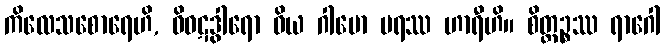
ကိလေသစောရေဟိ, ဝိဝဋဒွါရော ဝိယ ဂါမော ပရဿ ဟာရီဟိ။ စိတ္တဉ္စဿ ရာဂေါ